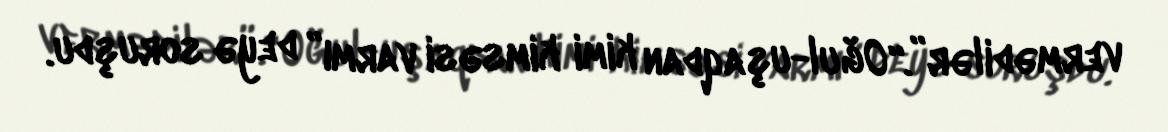
vermədilər”.“Oğul-uşaqdan kimi kimsəsi varmı” deyə soruşdu.